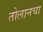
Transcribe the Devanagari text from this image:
तोलानचा